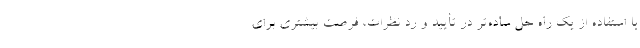
با استفاده از یک راه حل ساده­تر در تأیید و رد نظرات، فرصت بیشتری برای